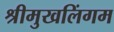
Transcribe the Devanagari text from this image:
श्रीमुखलिंगम